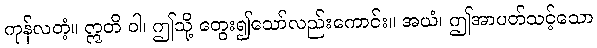
ကုန်လတံ့။ ဣတိ ဝါ၊ ဤသို့ တွေး၍သော်လည်းကောင်း။ အယံ၊ ဤအာပတ်သင့်သော